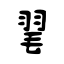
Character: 毣